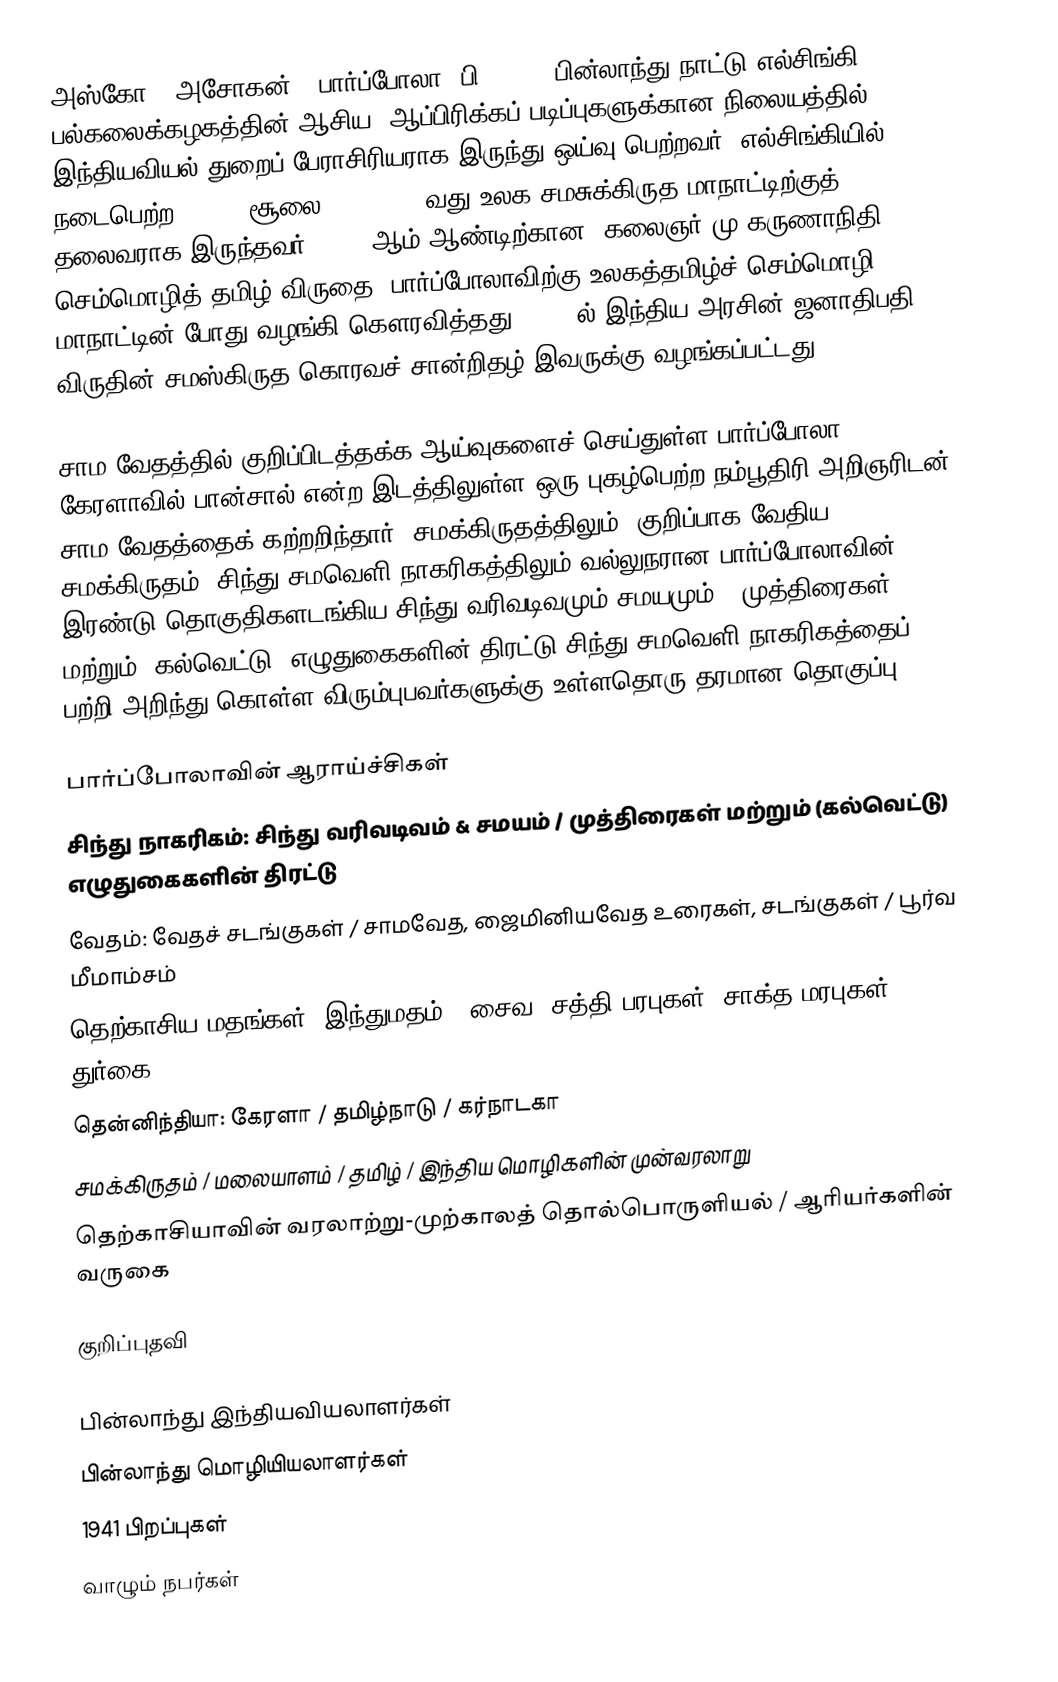
அஸ்கோ ("அசோகன்") பார்ப்போலா (பி. 1941) பின்லாந்து நாட்டு  எல்சிங்கி பல்கலைக்கழகத்தின் ஆசிய, ஆப்பிரிக்கப் படிப்புகளுக்கான நிலையத்தில் இந்தியவியல் துறைப் பேராசிரியராக இருந்து ஒய்வு பெற்றவர். எல்சிங்கியில் நடைபெற்ற (14-19 சூலை, 2003) 12-வது உலக சமசுக்கிருத மாநாட்டிற்குத் தலைவராக இருந்தவர். 2009-ஆம் ஆண்டிற்கான “கலைஞர் மு.கருணாநிதி  செம்மொழித் தமிழ் விருதை” பார்ப்போலாவிற்கு உலகத்தமிழ்ச் செம்மொழி மாநாட்டின் போது வழங்கி கெளரவித்தது. 2015-ல் இந்திய அரசின் ஜனாதிபதி விருதின் சமஸ்கிருத கொரவச் சான்றிதழ் இவருக்கு வழங்கப்பட்டது.

சாம வேதத்தில் குறிப்பிடத்தக்க ஆய்வுகளைச் செய்துள்ள பார்ப்போலா, கேரளாவில் பான்சால் என்ற இடத்திலுள்ள ஒரு புகழ்பெற்ற நம்பூதிரி அறிஞரிடன் சாம வேதத்தைக் கற்றறிந்தார். சமக்கிருதத்திலும் (குறிப்பாக வேதிய சமக்கிருதம்) சிந்து சமவெளி நாகரிகத்திலும் வல்லுநரான பார்ப்போலாவின் இரண்டு தொகுதிகளடங்கிய சிந்து வரிவடிவமும் சமயமும் / முத்திரைகள் மற்றும் (கல்வெட்டு) எழுதுகைகளின் திரட்டு சிந்து சமவெளி நாகரிகத்தைப் பற்றி அறிந்து கொள்ள விரும்புபவர்களுக்கு உள்ளதொரு தரமான தொகுப்பு;

பார்ப்போலாவின் ஆராய்ச்சிகள்
 சிந்து நாகரிகம்: சிந்து வரிவடிவம் & சமயம் / முத்திரைகள் மற்றும் (கல்வெட்டு) எழுதுகைகளின் திரட்டு
 வேதம்: வேதச் சடங்குகள் / சாமவேத, ஜைமினியவேத உரைகள், சடங்குகள் / பூர்வ மீமாம்சம்
 தெற்காசிய மதங்கள்: இந்துமதம் / சைவ, சத்தி பரபுகள் (சாக்த மரபுகள்) / துர்கை
 தென்னிந்தியா: கேரளா / தமிழ்நாடு / கர்நாடகா
 சமக்கிருதம் / மலையாளம் / தமிழ் / இந்திய மொழிகளின் முன்வரலாறு
 தெற்காசியாவின் வரலாற்று-முற்காலத் தொல்பொருளியல் / ஆரியர்களின் வருகை

குறிப்புதவி

பின்லாந்து இந்தியவியலாளர்கள்
பின்லாந்து மொழியியலாளர்கள்
1941 பிறப்புகள்
வாழும் நபர்கள்